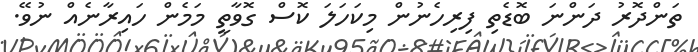
ތަންދޮރު ދަންނަ ބޮޑެތި ފިރިހެނުން މިކަހަލަ ކޮސް ގޮވާތީ މަމެން ހައިރާނެއް ނުވޭ.